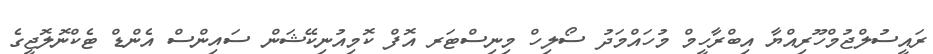
ރައީސުލްޖުމްހޫރިއްޔާ އިބްރާހީމް މުހައްމަދު ސޯލިހް މިނިސްޓަރ އޮފް ކޮމިއުނިކޭޝަން ސައިންސް އެންޑް ޓެކްނޮލޮޖީގެ